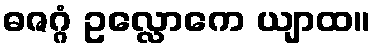
ဓဇဂ္ဂံ ဥလ္လောကေ ယျာထ။